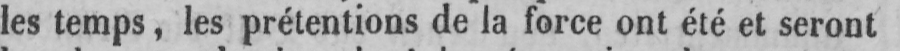
les temps, les prétentions de la force ont été et seront